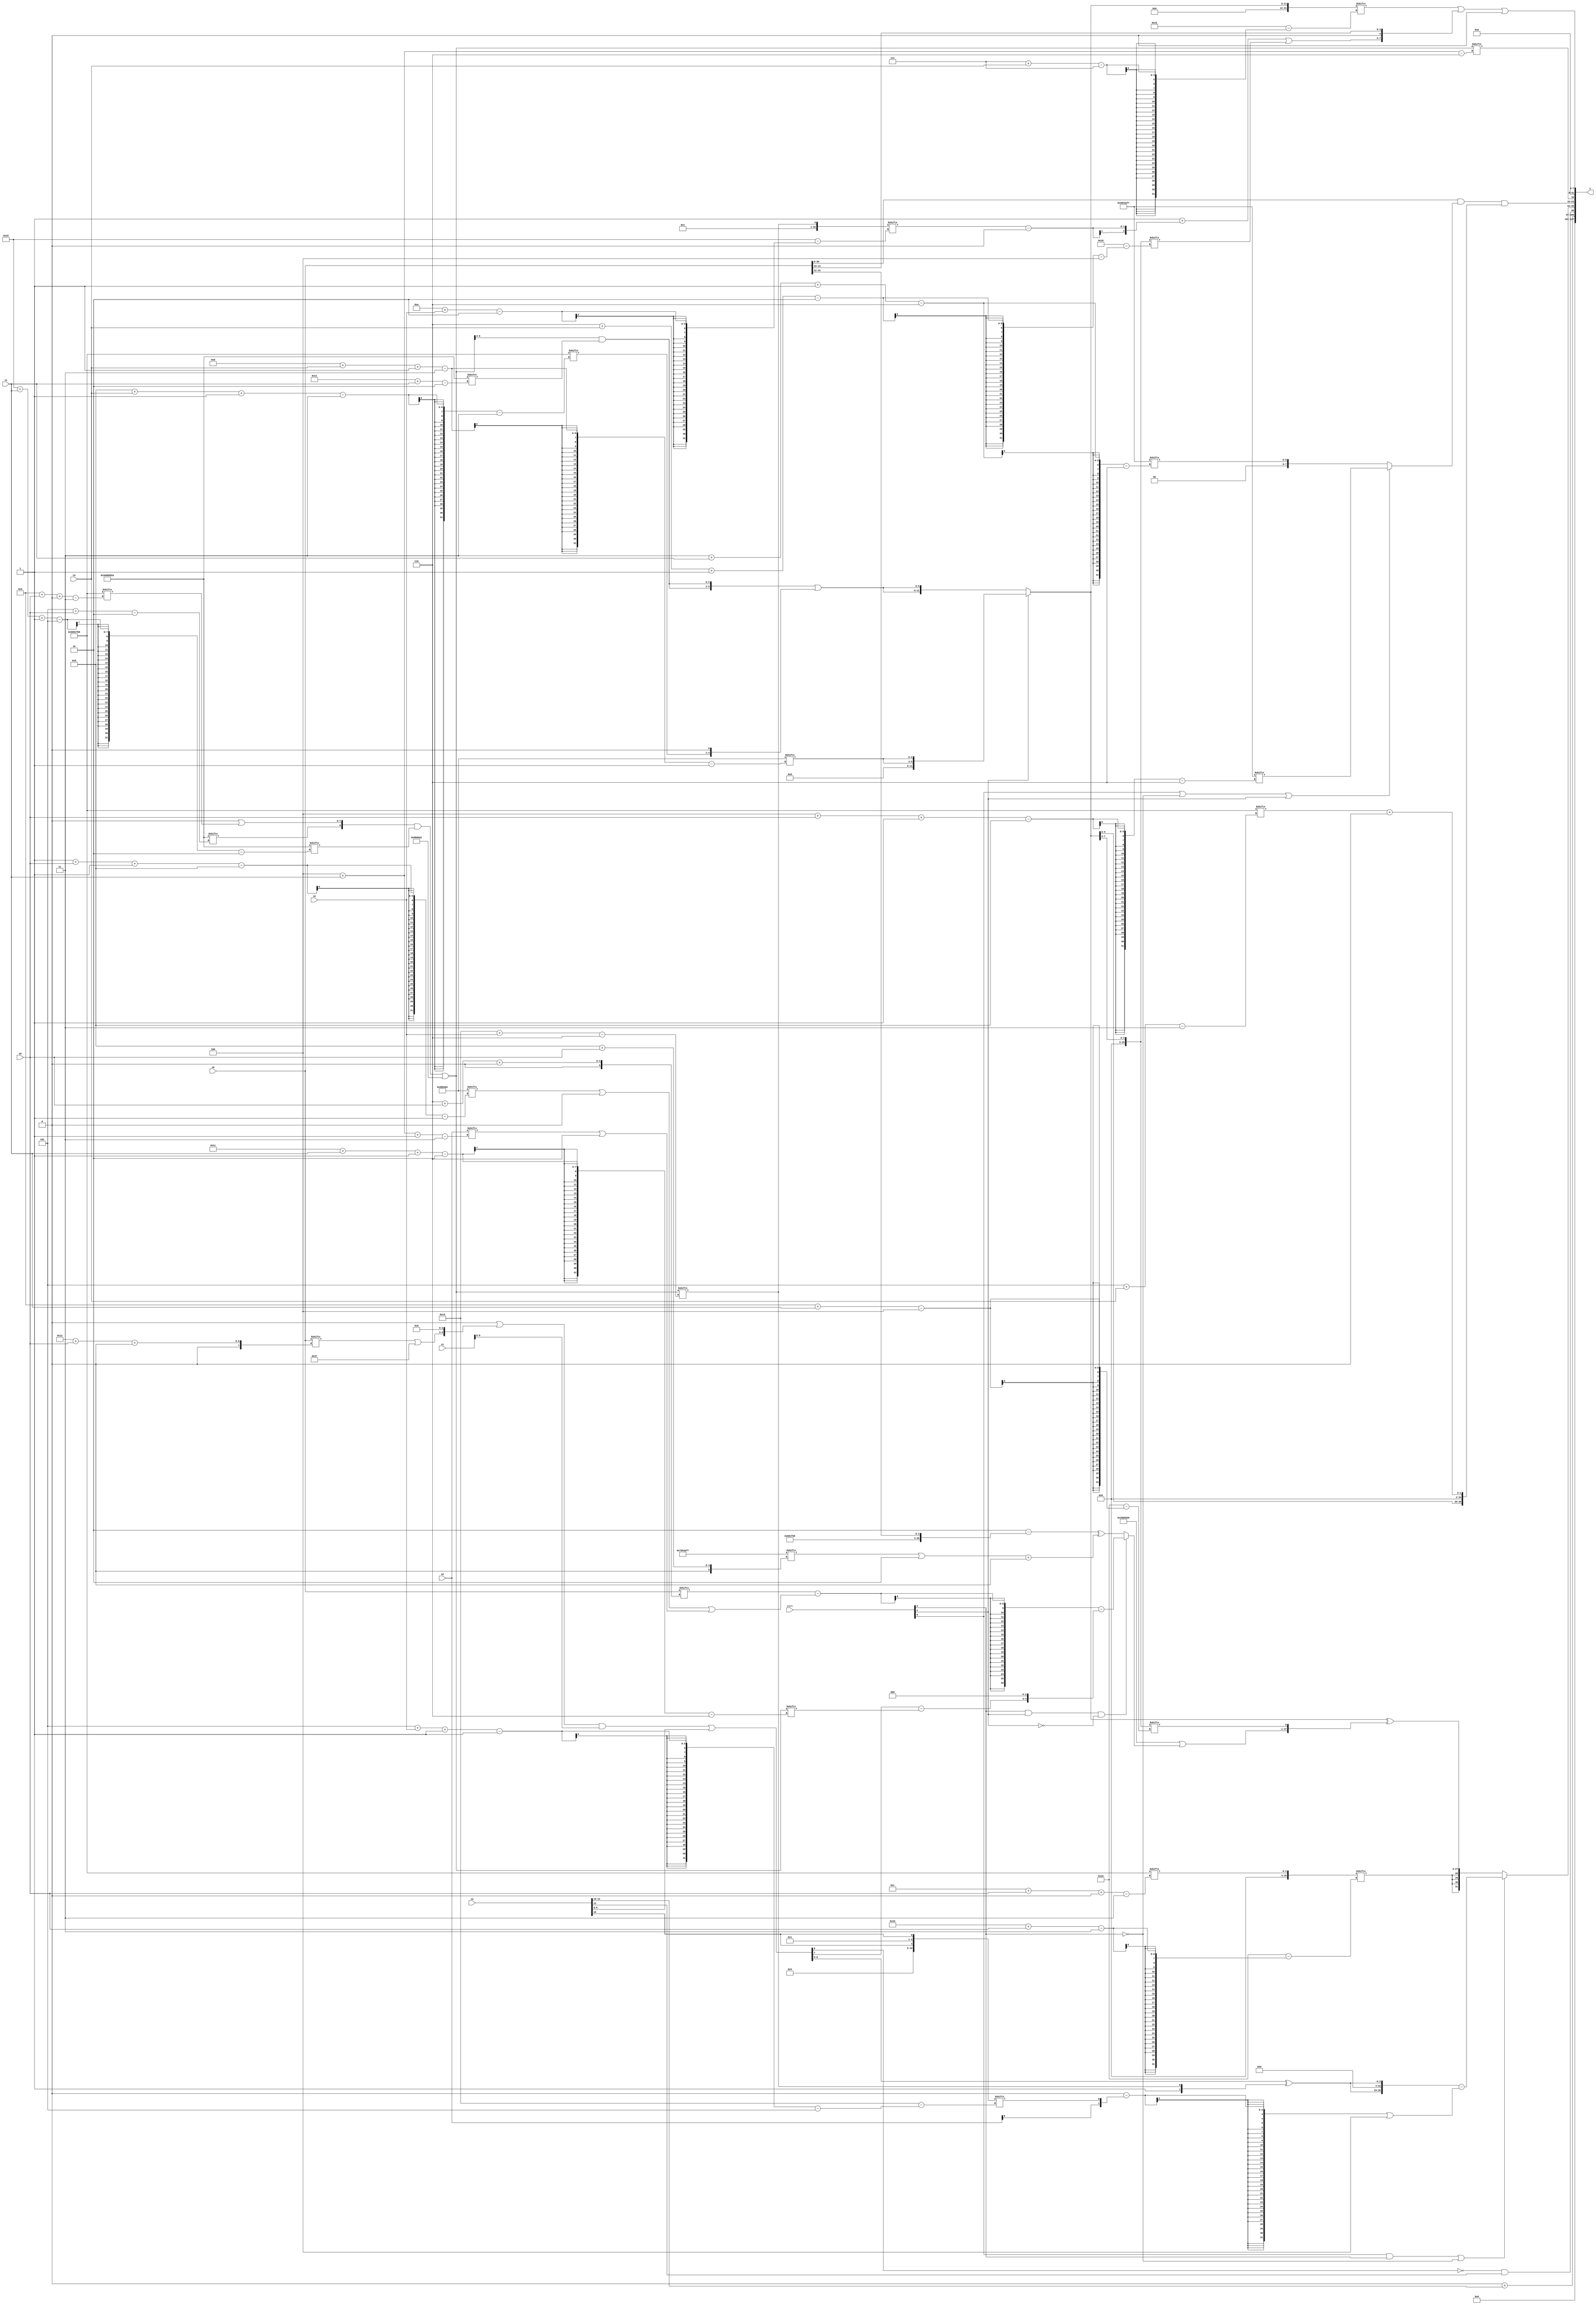
module partsel_00573(ctrl, s0, s1, s2, s3, x0, x1, x2, x3, y);
  input [3:0] ctrl;
  input [2:0] s0;
  input [2:0] s1;
  input [2:0] s2;
  input [2:0] s3;
  input signed [31:0] x0;
  input signed [31:0] x1;
  input signed [31:0] x2;
  input [31:0] x3;
  wire signed [24:7] x4;
  wire [30:4] x5;
  wire [31:6] x6;
  wire [31:7] x7;
  wire [28:6] x8;
  wire [31:5] x9;
  wire signed [29:5] x10;
  wire signed [7:28] x11;
  wire signed [2:24] x12;
  wire [3:28] x13;
  wire signed [4:29] x14;
  wire [5:24] x15;
  output [127:0] y;
  wire [31:0] y0;
  wire [31:0] y1;
  wire [31:0] y2;
  wire signed [31:0] y3;
  assign y = {y0,y1,y2,y3};
  localparam [29:3] p0 = 627580776;
  localparam signed [24:1] p1 = 47559858;
  localparam [27:0] p2 = 936655607;
  localparam signed [31:2] p3 = 980090922;
  assign x4 = {{2{(((!ctrl[2] || !ctrl[1] && ctrl[3] ? p0[8 + s0] : (x1[11 +: 2] & x3[18 +: 2])) + x0[8 +: 2]) | p0[11 + s3])}}, (((p2[14] | {(x0[18 + s0 +: 6] | p2), p3[22 -: 3]}) & x1) | x3)};
  assign x5 = (p0[8 +: 1] ^ p3);
  assign x6 = {2{p2}};
  assign x7 = p0[5 + s3];
  assign x8 = {2{{2{(({p3[5 + s0], (x7[19 +: 4] | p0[9 + s0 +: 8])} & p3[22 + s1 -: 5]) | p3)}}}};
  assign x9 = (x5 | (ctrl[3] && ctrl[1] && !ctrl[1] ? ((x0[6 + s0 +: 1] - {2{((p1[1 + s0 -: 8] | (p3 & p2[15])) | (x2[4 + s1 -: 3] | p3[20 -: 4]))}}) - {(x4[14] - x8[28 + s1 -: 2]), (x7[14] & p1[22 -: 3])}) : (({p3[11], p3[17 +: 2]} - {p0, x0[15 -: 4]}) ^ ((p2[8 + s0] | (x5 & p1[12 +: 3])) + p3[16 -: 1]))));
  assign x10 = {2{{x5[19 + s3], p3[13 -: 3]}}};
  assign x11 = (!ctrl[1] && !ctrl[1] || !ctrl[1] ? {2{({2{(x8[10 +: 3] & p3[17 + s1])}} | {p0[8 + s3 -: 3], x7[17]})}} : {2{p1[13 + s3 -: 3]}});
  assign x12 = {p1[13 +: 1], x8[19 + s2]};
  assign x13 = p0[12 + s0 +: 3];
  assign x14 = x11[23 -: 3];
  assign x15 = {2{{p0[16 -: 3], x3[10]}}};
  assign y0 = {(p3[14 -: 4] + x3[10 +: 4]), ((x4[12 -: 1] ^ p0[22]) & x3[12 +: 1])};
  assign y1 = (ctrl[0] && ctrl[3] || !ctrl[3] ? ({2{{2{(x4[15 -: 4] ^ x12)}}}} - (((p0[18] & p2) - {x2[9], x15[5 + s2 -: 1]}) | (x7[12 -: 1] | {p2[17 +: 2], x10[10]}))) : {{2{{2{{2{x13[16 + s0]}}}}}}, (x11 ^ {x9, x14[9 + s1]})});
  assign y2 = {{(ctrl[1] || !ctrl[0] && ctrl[2] ? x5[16 +: 2] : p3[12 -: 3]), p3[17 + s3]}, {((x0 & (ctrl[0] || !ctrl[3] || ctrl[1] ? x6[4 + s0 -: 8] : x6[3 + s1 -: 6])) & {(p1[14 + s3 +: 1] - p0[13 +: 1]), {x11, (x7 + x10[18 -: 3])}}), x8[4 + s1]}};
  assign y3 = ((x11[7 + s3] | {{(((p2[22 -: 1] & p1[19 +: 3]) + (x12[10 + s2] - x11[9 +: 1])) | x14[6 + s3 -: 2]), x12[22]}, x0[10 +: 4]}) | p0[17 -: 2]);
endmodule